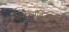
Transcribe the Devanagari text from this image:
फेनोक्सीबेंजामीन